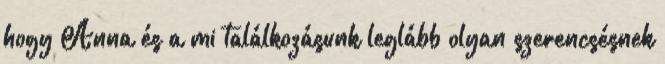
hogy Anna és a mi találkozásunk leglább olyan szerencsésnek